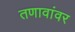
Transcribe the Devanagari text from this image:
तणावांवर